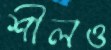
শীলও